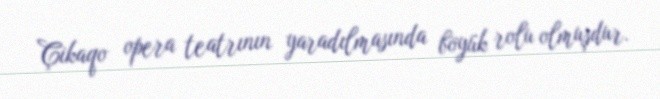
Çikaqo opera teatrının yaradılmasında böyük rolu olmuşdur.